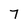
Character: 7